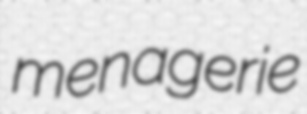
menagerie